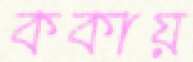
ককায়